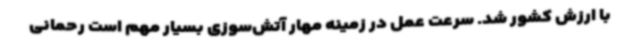
با ارزش کشور شد. سرعت عمل در زمینه مهار آتش‌سوزی بسیار مهم است رحمانی